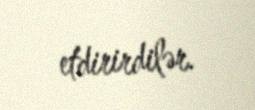
etdirirdilər.